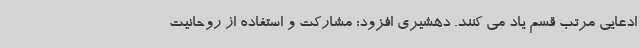
ادعایی مرتب قسم یاد می کنند. دهشیری افزود: مشارکت و استفاده از روحانیت